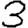
Digit: 3